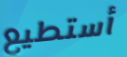
أستطيع